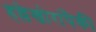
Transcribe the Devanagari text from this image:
हल्लेखोरांपैकी